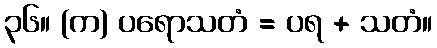
၃၆။ (က) ပရောသတံ = ပရ + သတံ။